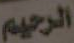
الرحيم